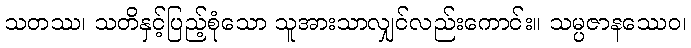
သတဿ၊ သတိနှင့်ပြည့်စုံသော သူအားသာလျှင်လည်းကောင်း။ သမ္ပဇာနဿေဝ၊